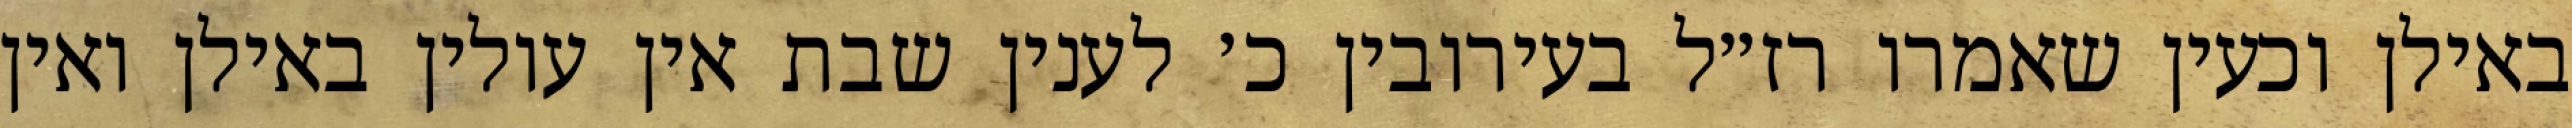
באילן וכעין שאמרו רז״ל בעירובין כ׳ לענין שבת אין עולין באילן ואין